Indian journal of veterinary science and animal husbandry - Volumes 22-23, 1952-1953
Year: 1952
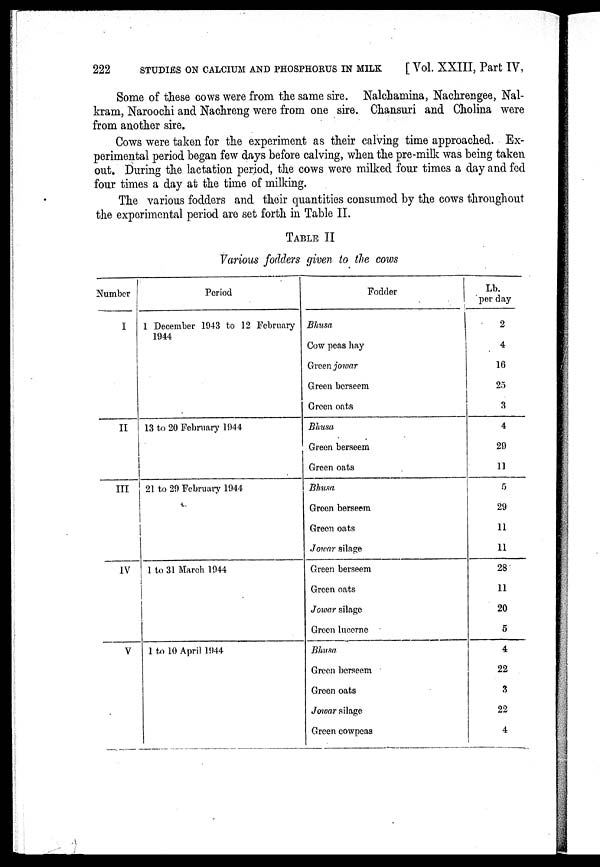
222 STUDIES ON CALCIUM AND PHOSPHORUS IN MILK [Vol. XXIII, Part IV,
Some of these cows were from the same sire. Nalchamina, Nachrengee, Nal-
kram, Naroochi and Nachreng were from one sire. Chansuri and Cholina were
from another sire.
Cows were taken for the experiment as their calving time approached. Ex-
perimental period began few days before calving, when the pre-milk was being taken
out. During the lactation period, the cows were milked four times a day and fed
four times a day at the time of milking.
The various fodders and their quantities consumed by the cows throughout
the experimental period are set forth in Table II.
TABLE II
Various fodders given to the cows
Number
I
II
III
IV
V
Period
1 December 1943 to 12 February
1944
13 to 20 February 1944
21 to 29 February 1944
1 to 31 March 1944
1 to 10 April 1944
Fodder
Bhusa
Cow peas hay
Green jowar
Green berseem
Green oats
Bhusa
Green berseem
Green oats
Bhusa
Green berseem
Green oats
Jowar silage
Green berseem
Green oats
Jowar silage
Green lucerne
Bhusa
Green berseem
Green oats
Jowar silage
Green cowpeas
Lb.
per day
2
4
16
25
3
4
29
11
5
29
11
11
28
11
20
5
4
22
3
22
4